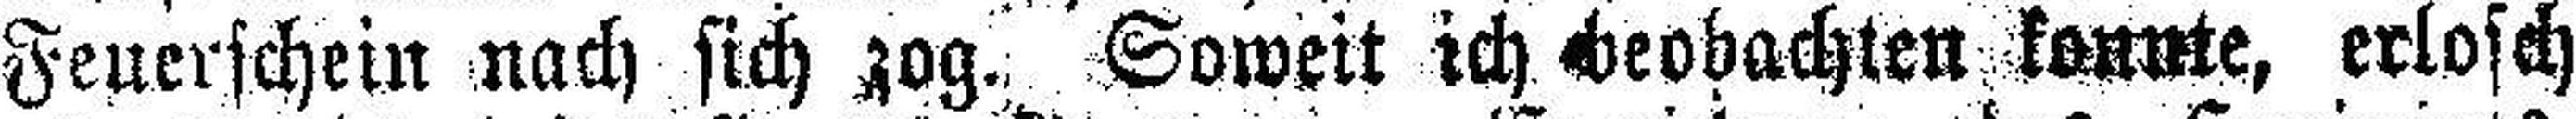
Feuerschein nach sich zog. Soweit ich beobachten konnte, erlosch